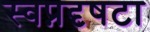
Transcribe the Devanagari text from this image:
स्वप्नदृषटा